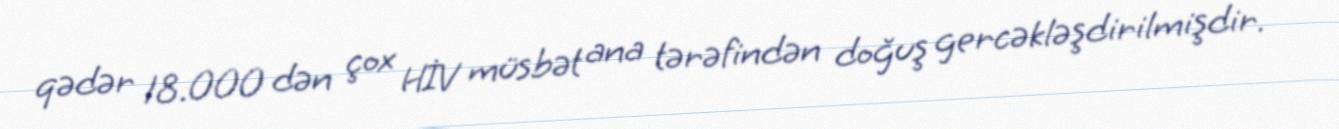
qədər 18.000 dən çox HİV müsbət ana tərəfindən doğuş gercəkləşdirilmişdir.